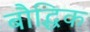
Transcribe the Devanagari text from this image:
बौद्धिक